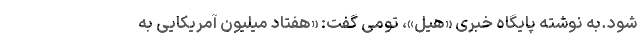
شود.به نوشته پایگاه خبری «هیل»، تومی گفت: «هفتاد میلیون آمریکایی به